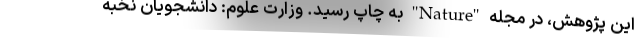
این پژوهش، در مجله "Nature" به چاپ رسید. وزارت علوم: دانشجویان نخبه